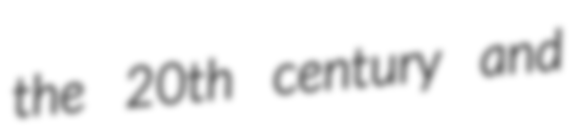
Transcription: the 20th century and